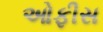
ઓફીસ